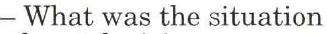
- What was the situation